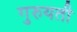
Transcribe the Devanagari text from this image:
गुरुयती